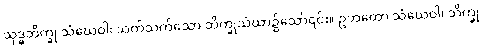
သုဒ္ဓဘိက္ခု သံဃေဝါ၊ သက်သက်သော ဘိက္ခုသံဃာ၌သော်၎င်း။ ဥဘတော သံဃေဝါ၊ ဘိက္ခု